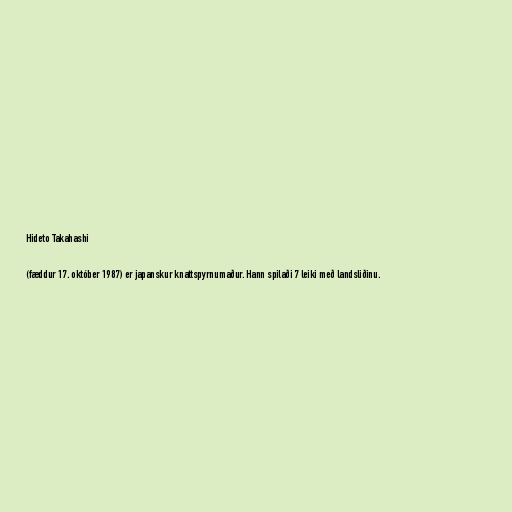
Hideto Takahashi

(fæddur 17. október 1987) er japanskur knattspyrnumaður. Hann spilaði 7 leiki með landsliðinu.